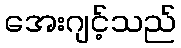
အေးဂျင့်သည်